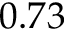
0 . 7 3